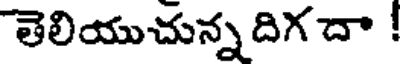
తెలియుచున్న దిగ దా !